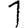
Digit: 1